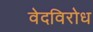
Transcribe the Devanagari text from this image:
वेदविरोध